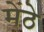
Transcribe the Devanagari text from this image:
मेंठे